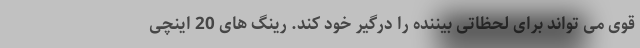
قوی می تواند برای لحظاتی بیننده را درگیر خود کند. رینگ های 20 اینچی